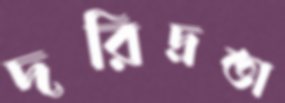
দরিদ্রতা